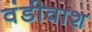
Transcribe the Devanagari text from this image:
वंडीवाश